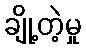
ချို့တဲ့မှု